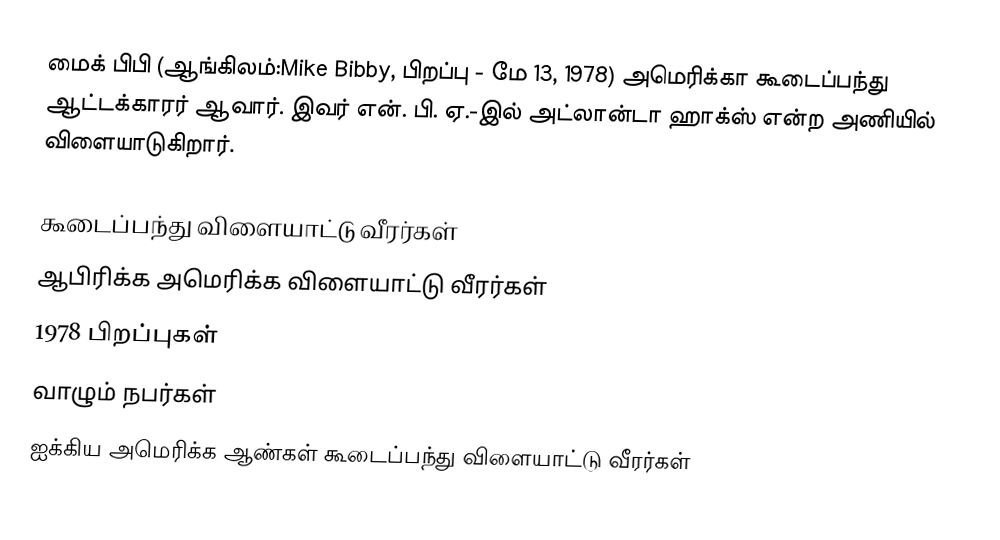
மைக் பிபி (ஆங்கிலம்:Mike Bibby, பிறப்பு - மே 13, 1978) அமெரிக்கா கூடைப்பந்து ஆட்டக்காரர் ஆவார். இவர் என். பி. ஏ.-இல் அட்லான்டா ஹாக்ஸ் என்ற அணியில் விளையாடுகிறார்.

கூடைப்பந்து விளையாட்டு வீரர்கள்
ஆபிரிக்க அமெரிக்க விளையாட்டு வீரர்கள்
1978 பிறப்புகள்
வாழும் நபர்கள்
ஐக்கிய அமெரிக்க ஆண்கள் கூடைப்பந்து விளையாட்டு வீரர்கள்